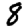
Digit: 8